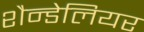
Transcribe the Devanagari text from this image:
शैन्डेलियर